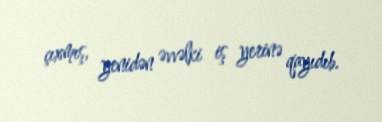
çıxmış, yenidən əvvəlki iş yerinə qayıdıb.